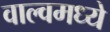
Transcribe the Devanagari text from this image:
वाल्वमध्ये